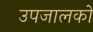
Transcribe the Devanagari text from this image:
उपजालकों